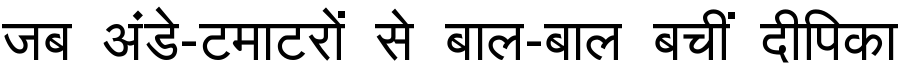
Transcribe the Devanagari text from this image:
जब अंडे-टमाटरों से बाल-बाल बचीं दीपिका